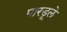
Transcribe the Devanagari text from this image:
पारडूले